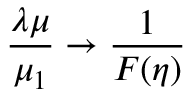
{ \frac { \lambda \mu } { \mu _ { 1 } } } \rightarrow { \frac { 1 } { F ( \eta ) } }